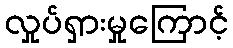
လှုပ်ရှားမှုကြောင့်